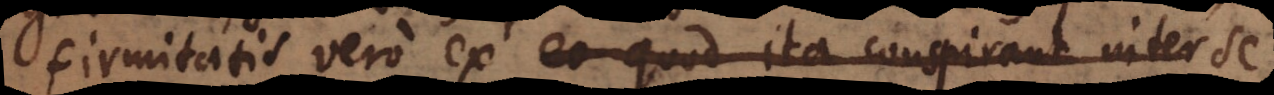
firmitatis vero ex eo quod ita conspirant inter se